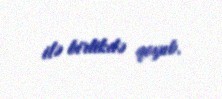
ilə birlikdə qoyub.